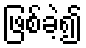
ဖြစ်ခဲ့၍